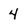
Character: 4